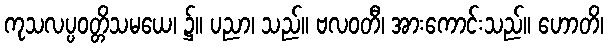
ကုသလပ္ပဝတ္တိသမယေ၊ ၌။ ပညာ၊ သည်။ ဗလဝတီ၊ အားကောင်းသည်။ ဟောတိ၊